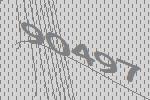
90497